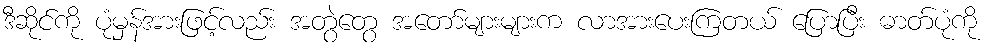
ဒီဆိုင်ကို ပုံမှန်အားဖြင့်လည်း အတွဲတွေ အတော်များများက လာအားပေးကြတယ် ပြောပြီး ဓာတ်ပုံကို